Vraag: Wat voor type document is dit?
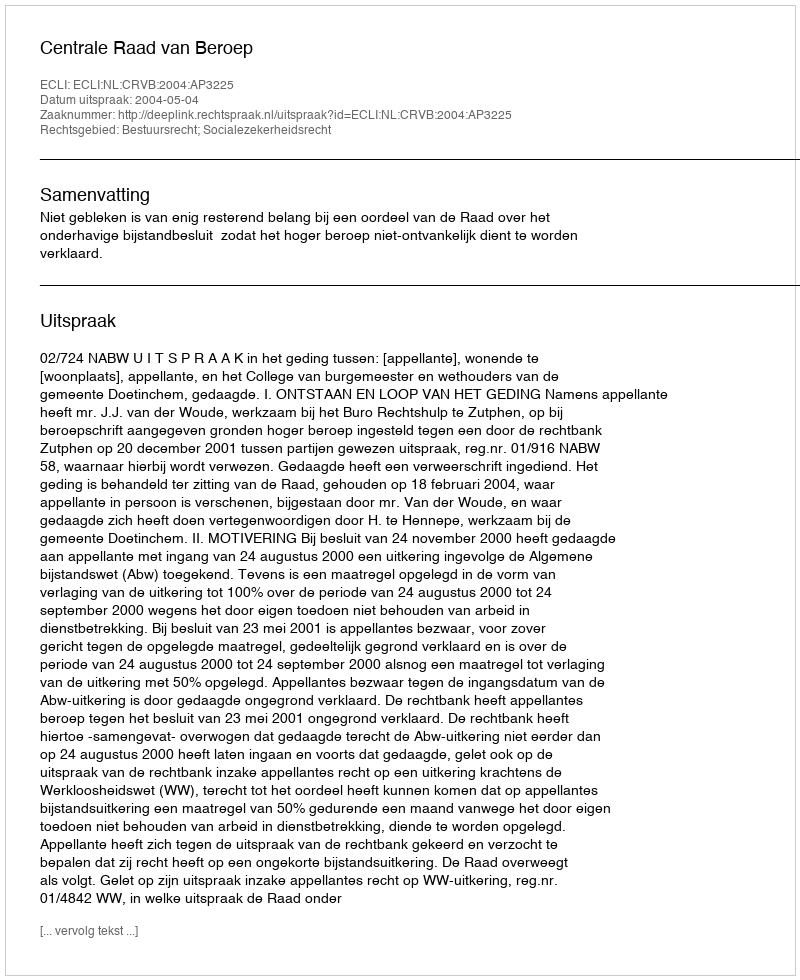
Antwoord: Uitspraak